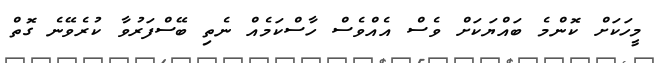
މީހަކަށް ކޮންމެ ބައްޔަކަށް ވެސް އެއްވެސް ހާސްކަމެއް ނެތި ބޭސްފަރުވާ ކުރެވޭނެ ގޮތް